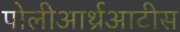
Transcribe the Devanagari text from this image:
पोलीआर्थ्रआटीस